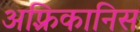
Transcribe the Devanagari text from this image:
अफ़्रिकानिस